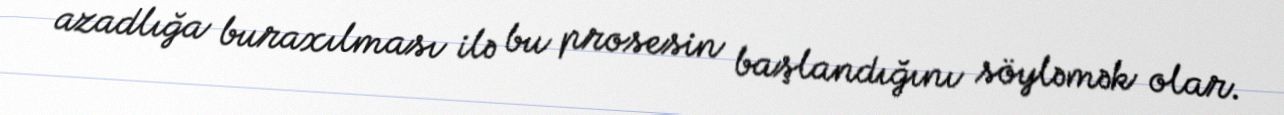
azadlığa buraxılması ilə bu prosesin başlandığını söyləmək olar.